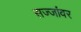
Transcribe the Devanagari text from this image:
सज्जांवर